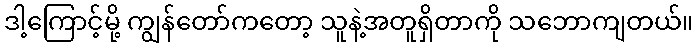
ဒါ့ကြောင့်မို့ ကျွန်တော်ကတော့ သူနဲ့အတူရှိတာကို သဘောကျတယ်။